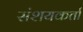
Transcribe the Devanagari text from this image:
संशयकर्ता